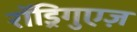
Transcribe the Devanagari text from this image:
रॉड्रिगुएज़